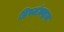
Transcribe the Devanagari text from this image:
डिस्जंक्शन